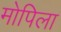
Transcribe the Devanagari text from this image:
मोपिला